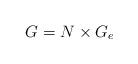
LaTeX: \begin{align*}G=N\times G_e\end{align*}